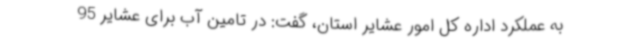
به عملکرد اداره کل امور عشایر استان، گفت: در تامین آب برای عشایر 95